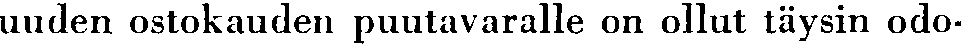
uuden ostokauden puutavaralle on ollut täysin odo-